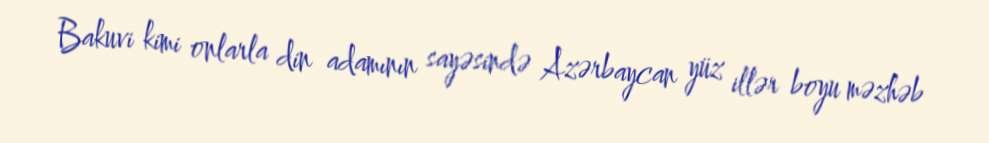
Bakuvi kimi onlarla din adamının sayəsində Azərbaycan yüz illər boyu məzhəb